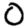
Digit: 0